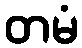
တမံ